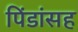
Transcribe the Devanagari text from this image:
पिंडांसह